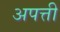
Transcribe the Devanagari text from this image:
अपत्ती